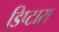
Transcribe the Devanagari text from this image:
डिप्टारा